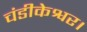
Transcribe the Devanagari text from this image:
चंडीकेश्वर।